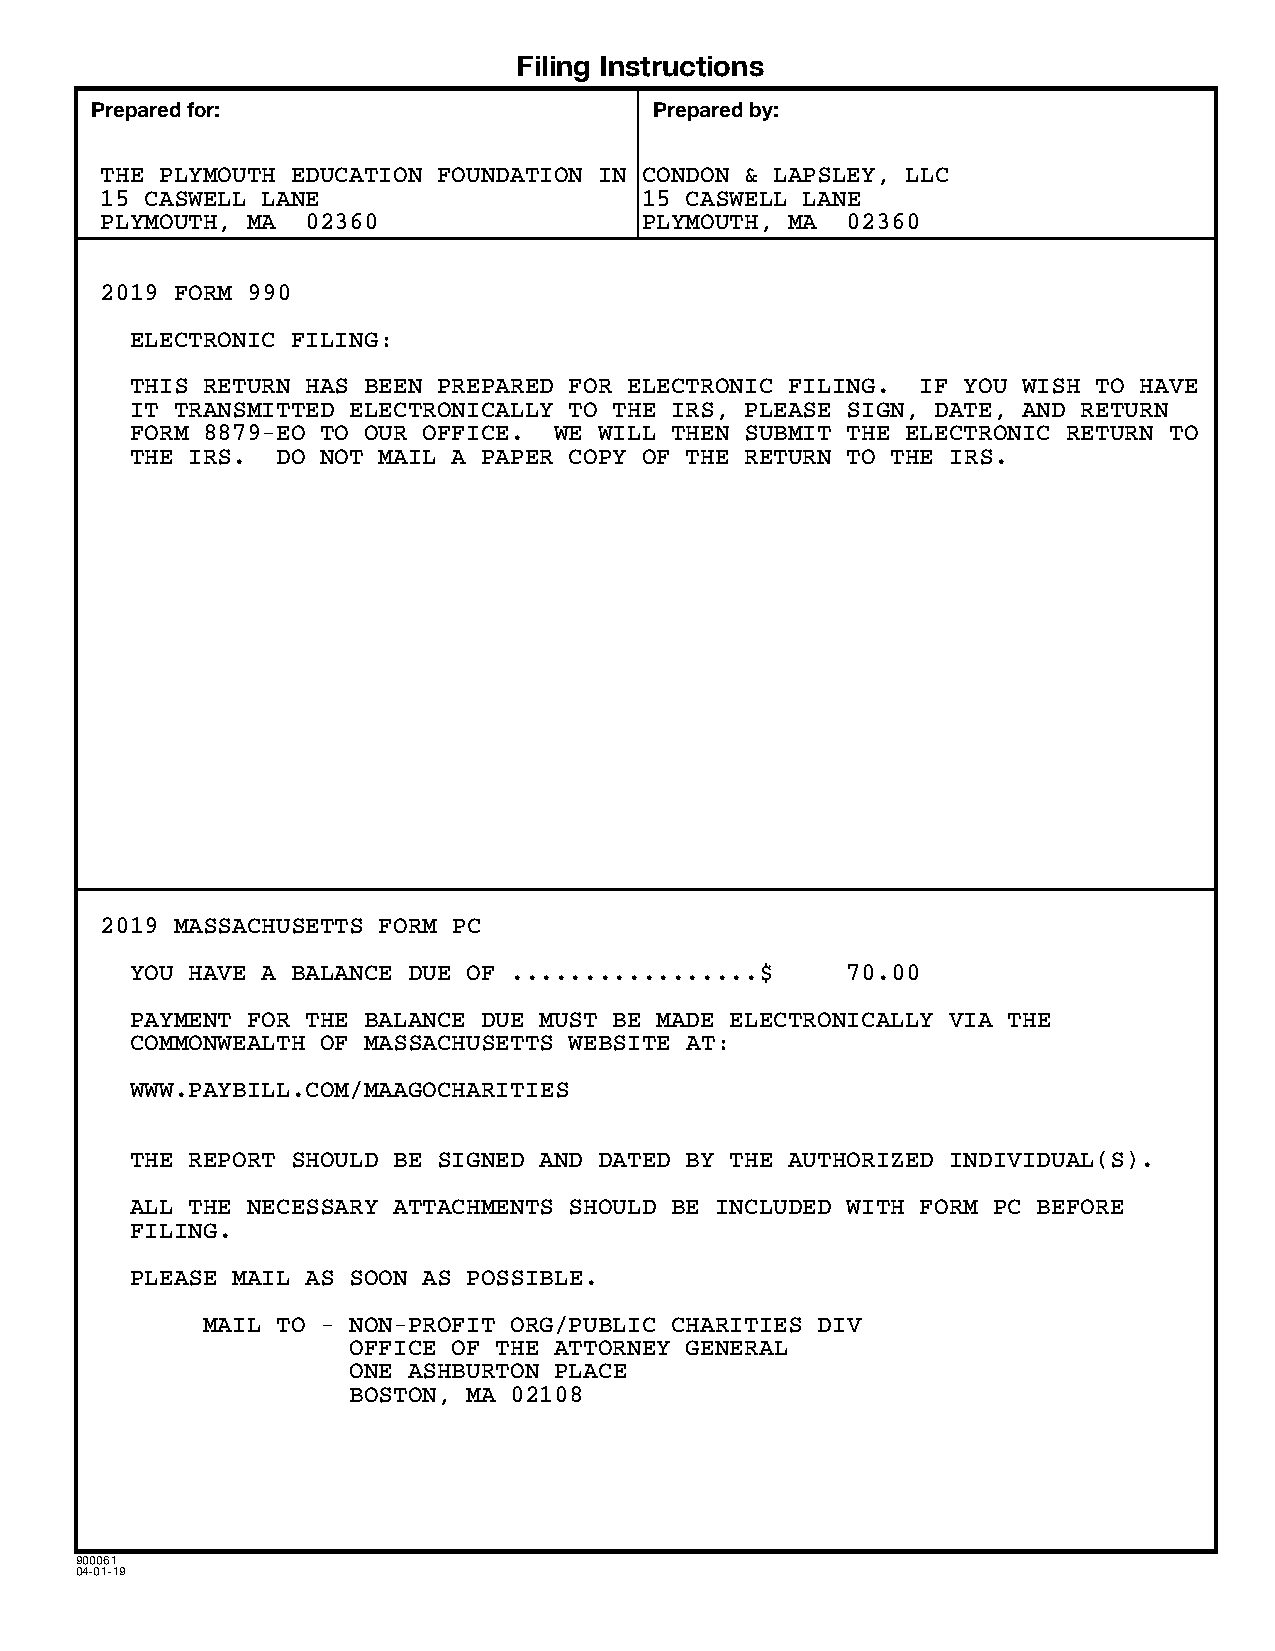
Filing Instructions
 Prepared for:                        Prepared by:
 THE PLYMOUTH EDUCATION FOUNDATION IN CONDON & LAPSLEY, LLC
 15 CASWELL LANE                     15 CASWELL LANE
 PLYMOUTH, MA 02360                  PLYMOUTH, MA 02360
 2019 FORM 990
 ELECTRONIC FILING:
 THIS RETURN HAS BEEN PREPARED FOR ELECTRONIC FILING. IF YOU WISH TO HAVE
 IT TRANSMITTED ELECTRONICALLY TO THE IRS, PLEASE SIGN, DATE, AND RETURN
 FORM 8879-EO TO OUR OFFICE. WE WILL THEN SUBMIT THE ELECTRONIC RETURN TO
 THE IRS. DO NOT MAIL A PAPER COPY OF THE RETURN TO THE IRS.
 2019 MASSACHUSETTS FORM PC
 YOU HAVE A BALANCE DUE OF .................$   70.00
 PAYMENT FOR THE BALANCE DUE MUST BE MADE ELECTRONICALLY VIA THE
 COMMONWEALTH OF MASSACHUSETTS WEBSITE AT:
 WWW.PAYBILL.COM/MAAGOCHARITIES
 THE REPORT SHOULD BE SIGNED AND DATED BY THE AUTHORIZED INDIVIDUAL(S).
 ALL THE NECESSARY ATTACHMENTS SHOULD BE INCLUDED WITH FORM PC BEFORE
 FILING.
 PLEASE MAIL AS SOON AS POSSIBLE.
 MAIL TO - NON-PROFIT ORG/PUBLIC CHARITIES DIV
 OFFICE OF THE ATTORNEY GENERAL
 ONE ASHBURTON PLACE
 BOSTON, MA 02108
 900061
 04-01-19